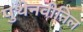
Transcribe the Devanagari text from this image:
पुथेनवीतिल